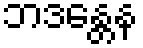
ဘဒန္တေန